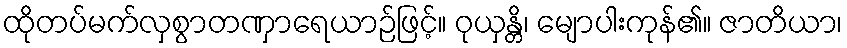
ထိုတပ်မက်လှစွာတဏှာရေယာဉ်ဖြင့်။ ဝုယှန္တိ၊ မျောပါးကုန်၏။ ဇာတိယာ၊